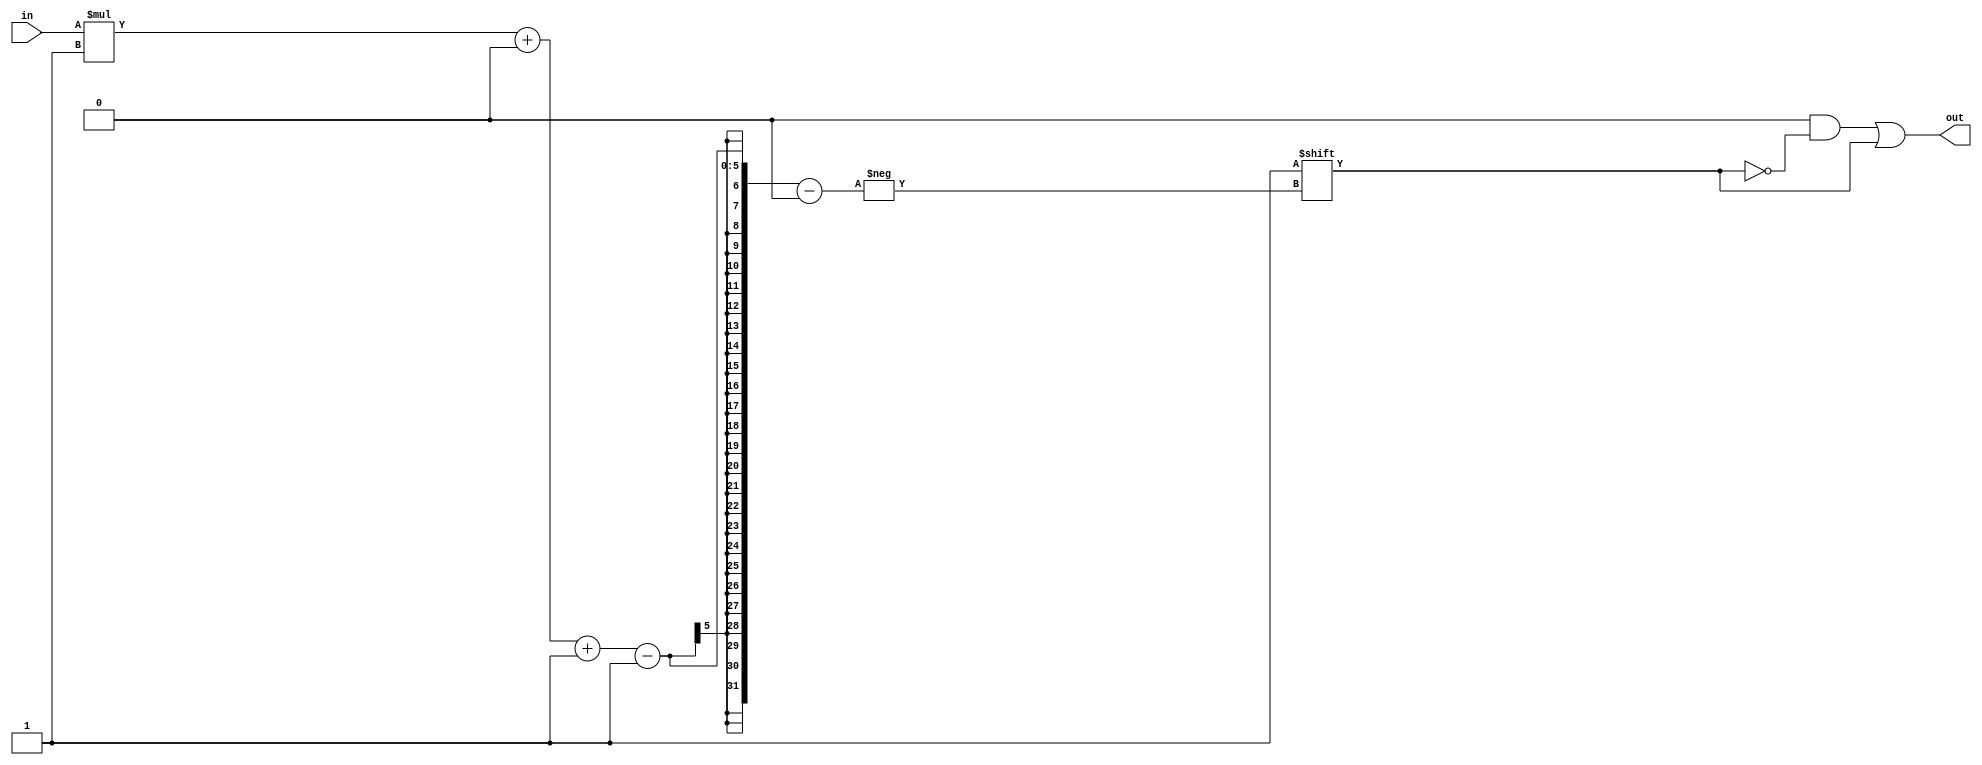
/*
   This file was generated automatically by the Mojo IDE version B1.3.6.
   Do not edit this file directly. Instead edit the original Lucid source.
   This is a temporary file and any changes made to it will be destroyed.
*/

/*
   Parameters:
     WIDTH = DIGIT_BITS
*/
module decoder_8 (
    input [1:0] in,
    output reg [3:0] out
  );
  
  localparam WIDTH = 2'h2;
  
  
  always @* begin
    out = 1'h0;
    out[(in)*1+0-:1] = 1'h1;
  end
endmodule